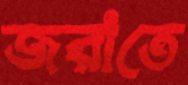
জরাতে